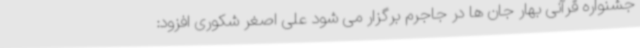
جشنواره قرآنی بهار جان ها در جاجرم برگزار می شود علی اصغر شکوری افزود: